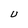
Character: U